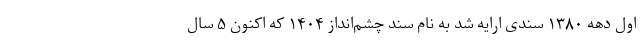
اول دهه ۱۳۸۰ سندی ارایه شد به نام سند چشم‌انداز ۱۴۰۴ که اکنون ۵ سال